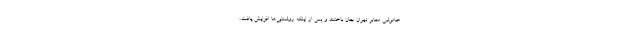
خاموشی معابر تهران جان باختند و پس از اینکه روشنایی‌ها افزایش یافت،